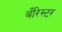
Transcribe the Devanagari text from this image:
बँरिस्टर